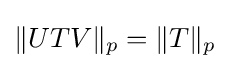
\|UTV\|_{p}=\|T\|_{p}